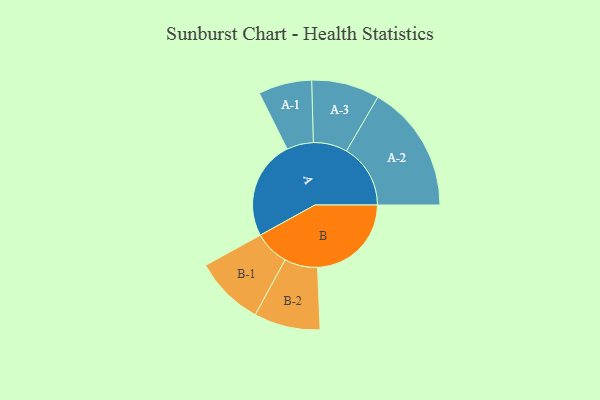
{"axis": {"x": "Segment", "y": "Value"}, "legend": ["", "A", "B"], "data": [{"x": "A", "y": 448, "type": ""}, {"x": "B", "y": 425, "type": ""}, {"x": "A-1", "y": 121, "type": "A"}, {"x": "A-2", "y": 290, "type": "A"}, {"x": "A-3", "y": 154, "type": "A"}, {"x": "B-1", "y": 158, "type": "B"}, {"x": "B-2", "y": 150, "type": "B"}]}